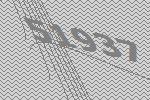
51937